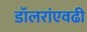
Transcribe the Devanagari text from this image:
डॉलरांएवढी